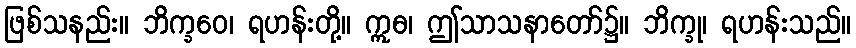
ဖြစ်သနည်း။ ဘိက္ခဝေ၊ ရဟန်းတို့။ ဣဓ၊ ဤသာသနာတော်၌။ ဘိက္ခု၊ ရဟန်းသည်။